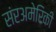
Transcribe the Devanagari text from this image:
संरअमेरिकी